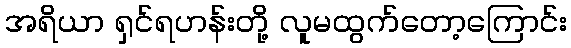
အရိယာ ရှင်ရဟန်းတို့ လူမထွက်တော့ကြောင်း